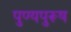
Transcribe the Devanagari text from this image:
पुण्यपुरूष